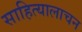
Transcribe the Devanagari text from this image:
साहित्यालाचन